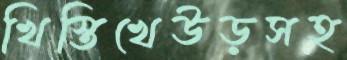
খিস্তিখেউড়সহ